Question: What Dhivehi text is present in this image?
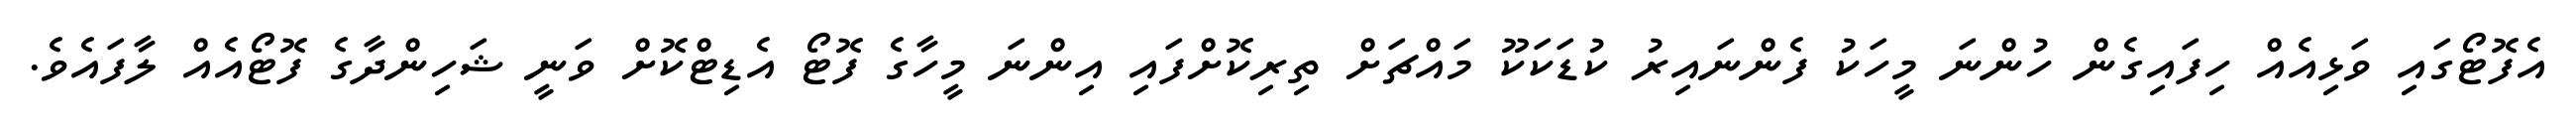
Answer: އެފޮޓޯގައި ވަޅިއެއް ހިފައިގެން ހުންނަ މީހަކު ފެންނައިރު ކުޑަކަކޫ މައްޗަށް ތިރިކޮށްފައި އިންނަ މީހާގެ ފޮޓޯ އެޑިޓްކޮށް ވަނީ ޝަހިންދާގެ ފޮޓޯއެއް ލާފައެވެ.